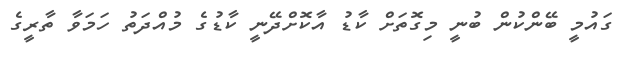
ގައުމީ ބޭންކުން ބުނީ މިގޮތަށް ކާޑު އާކޮށްދޭނީ ކާޑުގެ މުއްދަތު ހަމަވާ ތާރީގެ